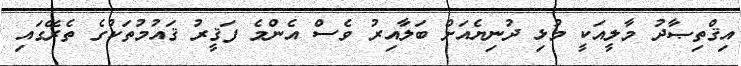
އިޤްތިޞާދު މާލީއަކީ މުޅި ދުނިޔެއަށް ބަލާއިރު ވެސް އެންމެ ފަޤީރު ޤައުމުތަކުގެ ތެރޭގައި